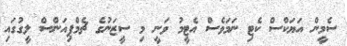
ސެމީން އަޔަކްސް ކެޓި ނަމަވެސް އެޓީމު ވަނީ މި ސީޒަނުގެ ޗެމްޕިއަންސް ލީގުގައި